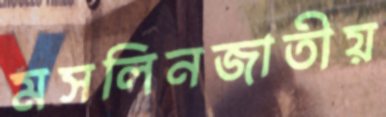
মসলিনজাতীয়